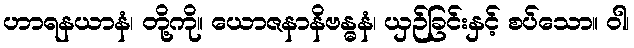
ဟာရနယာနံ၊ တို့ကို။ ယောဇနာနိဗန္ဓနံ၊ ယှဉ်ခြင်းနှင့် စပ်သော။ ဝါ၊